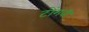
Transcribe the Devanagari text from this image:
टोंगवी